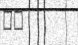
٧١